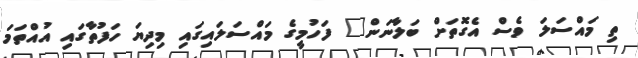
ތި މައްސަލަ ވެސް އެގޮތަށް ބަލާނަން" ފަހުމީގެ މައްސަލައިގައި މިދިޔަ ހަފުތާގައި އުއްތަމަ